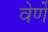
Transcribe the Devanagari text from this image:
वेर्णें